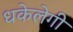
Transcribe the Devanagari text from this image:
धकेलेगी